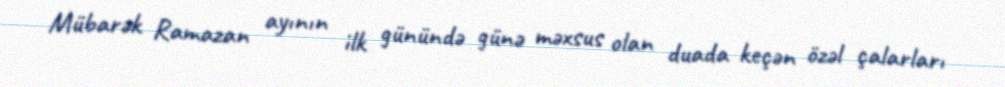
Mübarək Ramazan ayının ilk günündə günə məxsus olan duada keçən özəl çalarları